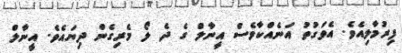
ފިރުމާލިއެވެ. އެވަގުތު އަނެއްކާވެސް އީނާލް ގެ ދެ ލޯ މެރިގެން ދިޔައެވެ. އީނާލް